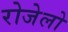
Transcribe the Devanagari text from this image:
रोजेलो